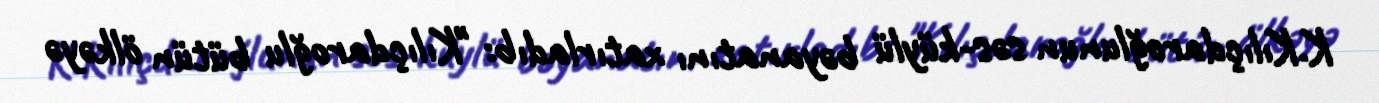
K.Kılıçdaroğlunun səs-küylü bəyanatını xatırladıb: "Kılıçdaroğlu bütün ölkəyə